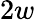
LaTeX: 2w